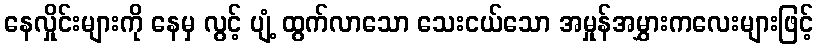
နေလှိုင်းများကို နေမှ လွင့် ပျံ့ ထွက်လာသော သေးငယ်သော အမှုန်အမွှားကလေးများဖြင့်